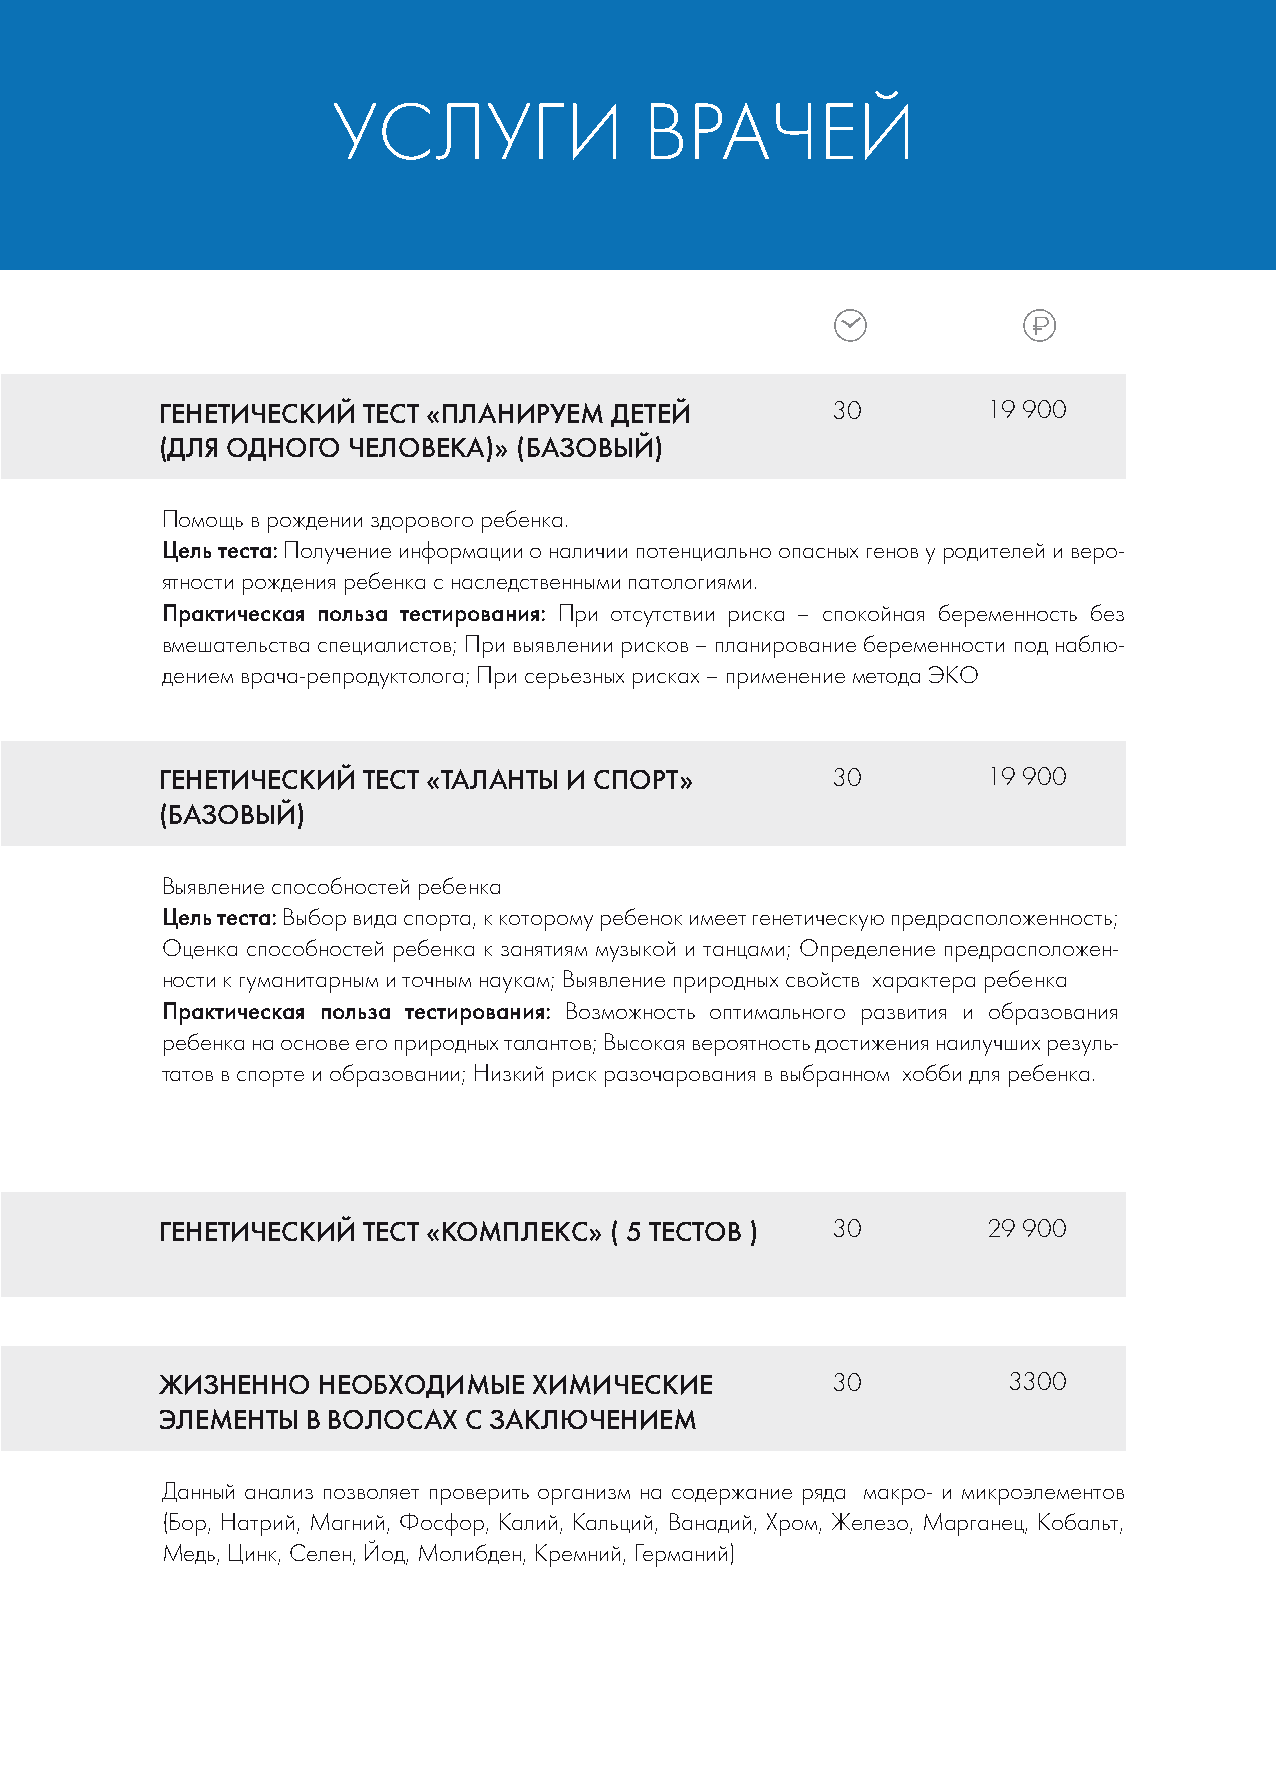
УСЛУГИ               ВРАЧЕЙ
 ГЕНЕТИЧЕСКИЙ ТЕСТ «ПЛАНИРУЕМ ДЕТЕЙ          30        19 900
 (ДЛЯ ОДНОГО ЧЕЛОВЕКА)» (БАЗОВЫЙ)
 Помощь в рождении здорового ребенка.
 Цель теста: Получение информации о наличии потенциально опасных генов у родителей и веро-
 ятности рождения ребенка с наследственными патологиями.
 Практическая польза тестирования: При отсутствии риска – спокойная беременность без
 вмешательства специалистов; При выявлении рисков – планирование беременности под наблю-
 дением врача-репродуктолога; При серьезных рисках – применение метода ЭКО
 ГЕНЕТИЧЕСКИЙ ТЕСТ «ТАЛАНТЫ И СПОРТ»         30        19 900
 (БАЗОВЫЙ)
 Выявление способностей ребенка
 Цель теста: Выбор вида спорта, к которому ребенок имеет генетическую предрасположенность;
 Оценка способностей ребенка к занятиям музыкой и танцами; Определение предрасположен-
 ности к гуманитарным и точным наукам; Выявление природных свойств характера ребенка
 Практическая польза тестирования: Возможность оптимального развития и образования
 ребенка на основе его природных талантов; Высокая вероятность достижения наилучших резуль-
 татов в спорте и образовании; Низкий риск разочарования в выбранном хобби для ребенка.
 ГЕНЕТИЧЕСКИЙ ТЕСТ «КОМПЛЕКС» ( 5 ТЕСТОВ )   30        29 900
 ЖИЗНЕННО  НЕОБХОДИМЫЕ   ХИМИЧЕСКИЕ          30          3300
 ЭЛЕМЕНТЫ В ВОЛОСАХ  С ЗАКЛЮЧЕНИЕМ
 Данный анализ позволяет проверить организм на содержание ряда макро- и микроэлементов
 (Бор, Натрий, Магний, Фосфор, Калий, Кальций, Ванадий, Хром, Железо, Марганец, Кобальт,
 Медь, Цинк, Селен, Йод, Молибден, Кремний, Германий)